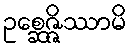
ဥစ္ဆေဇ္ဇိဿာမိ